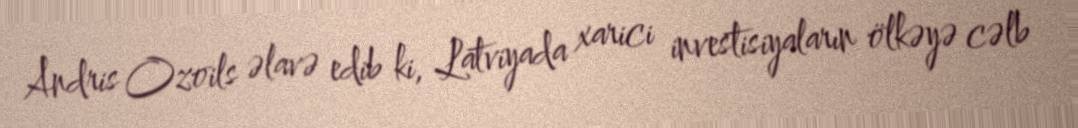
Andris Ozoils əlavə edib ki, Latviyada xarici investisiyaların ölkəyə cəlb